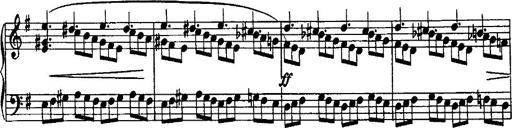
Title: Rondo di bravura
Composer: Franz Liszt